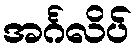
အင်္ဂလိပ်